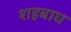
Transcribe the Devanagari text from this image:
शहबाघ